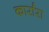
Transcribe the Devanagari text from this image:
कार्रारा